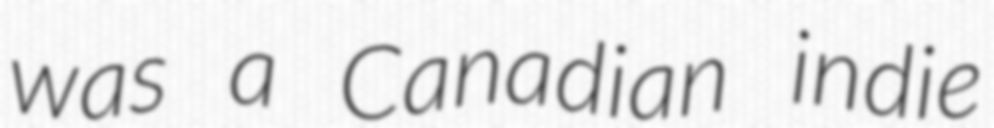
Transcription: was a Canadian indie